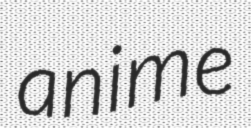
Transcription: anime